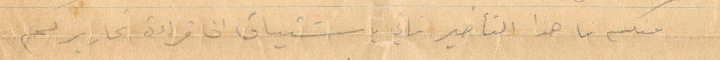
منكم ما هذا التأخير فاني باشتياقي الى قراءة تحاريركم